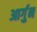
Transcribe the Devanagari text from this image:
आर्गुन